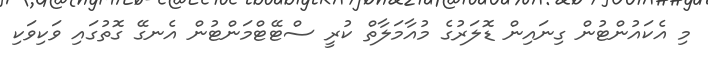
މި އެކައުންޓުން ގިނައިން ޑޮލަރުގެ މުއާމަލާތް ކުރީ ސްޓޭޓްމަންޓުން އެނގޭ ގޮތުގައި ވަކިވަކި